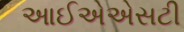
આઈએએસટી